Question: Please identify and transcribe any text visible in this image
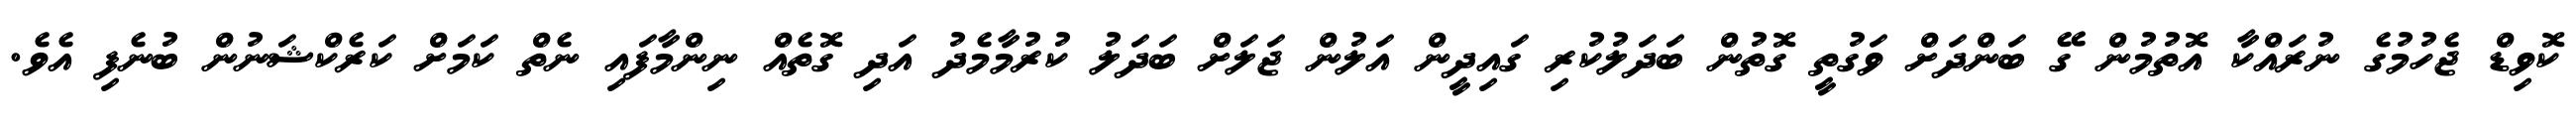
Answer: ކޮވިޑް ޖެހުމުގެ ނުރައްކާ އޮތުމުން ގޭ ބަންދަށް ވަގުތީ ގޮތުން ބަދަލުކުރި ގައިދީން އަލުން ޖަލަށް ބަދަލު ކުރުމާމެދު އަދި ގޮތެއް ނިންމާފައި ނެތް ކަމަށް ކަރެކްޝަނުން ބުނެފި އެވެ.